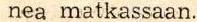
nea matkassaan.